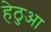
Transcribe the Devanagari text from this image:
हेठुआ